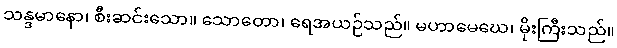
သန္ဒမာနော၊ စီးဆင်းသော။ သောတော၊ ရေအယဉ်သည်။ မဟာမေဃေ၊ မိုးကြီးသည်။